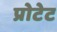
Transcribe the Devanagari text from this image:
प्रोटेट